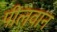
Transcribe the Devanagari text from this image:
पीलवान